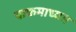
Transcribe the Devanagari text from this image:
पाकमाध्यम